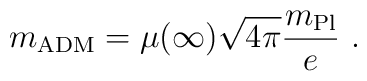
m_{\rm ADM}= \mu(\infty) \sqrt{4 \pi} \frac{m_{\rm Pl}}{e}\ .